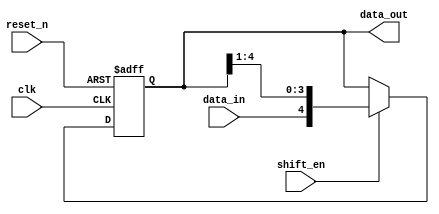
module shift_register #(parameter DATA_WIDTH = 5) (
    input clk, 
    input reset_n, 
    input shift_en, 
    input data_in, 
    output reg [DATA_WIDTH - 1: 0] data_out
); 

    always @(posedge clk or negedge reset_n) begin
        if (!reset_n) begin 
            data_out <= 'b0; 
        end 
        else begin
            data_out <= shift_en ? {data_in, data_out[DATA_WIDTH - 1: 1]} : data_out; 
        end 
    end 
endmodule